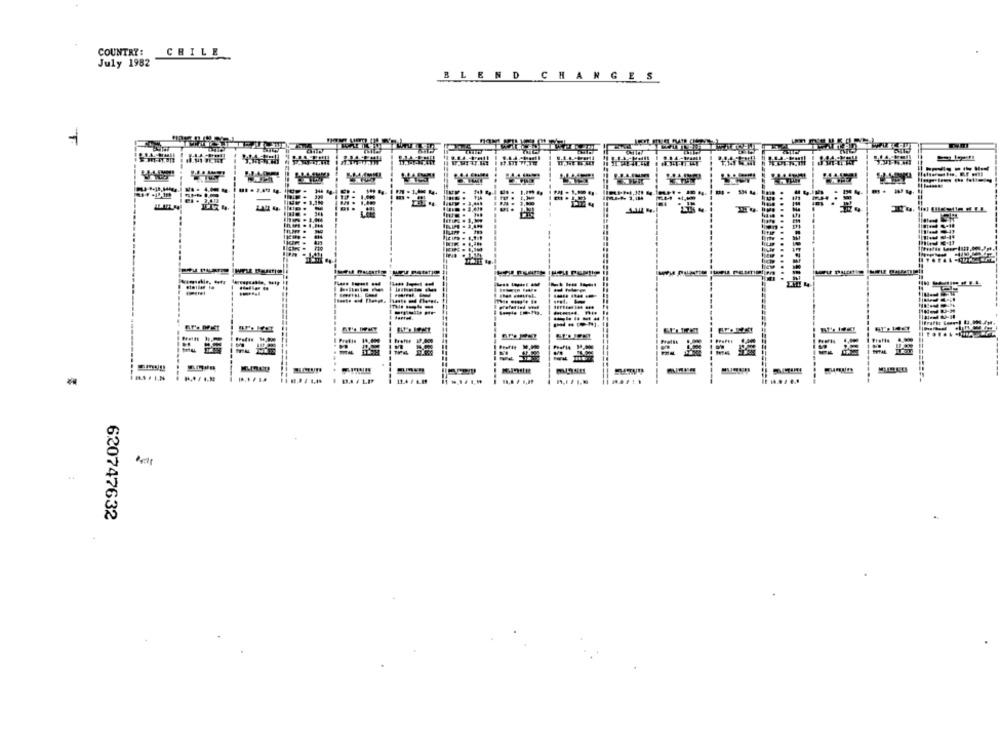
COUNTRY:
CHILE
July 1982
BLEND CHANGES
T
--
---
-
PROPRE
DA / LD
13.4 / L.M
620747632